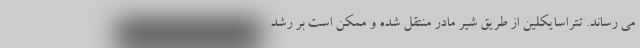
می رساند. تتراسایکلین از طریق شیر مادر منتقل شده و ممکن است بر رشد